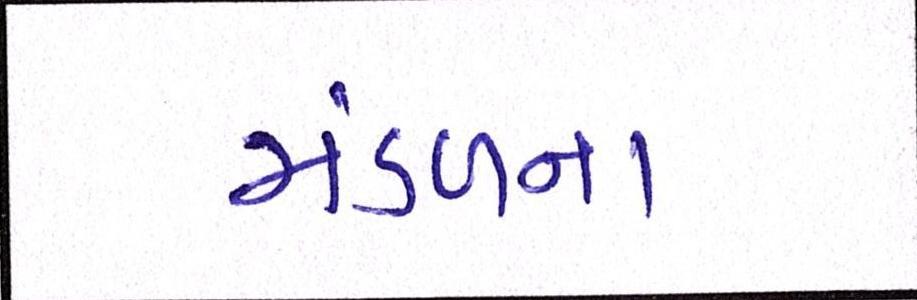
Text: મંડળના